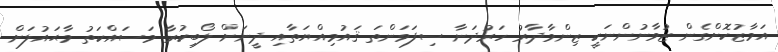
އަމާޒުކޮށްގެން ޒުވާނުންނަކީ ޒިންމާދާރު ހަރުދަނާ ސިފަވަންތަ ޤައުމިއްޔަތާއި ދީނަށް ލޯބިކުރާ މަސައްކަތު މާޙައުލަށް